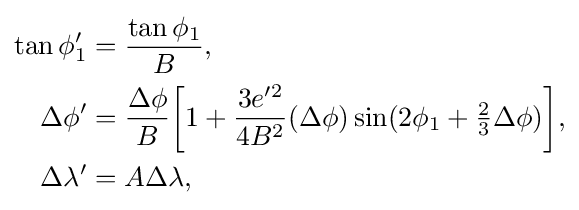
{\begin{aligned}\tan \phi _{1}'&={\frac {\tan \phi _{1}}{B}},\\\Delta \phi '&={\frac {\Delta \phi }{B}}{\biggl [}1+{\frac {3e'^{2}}{4B^{2}}}(\Delta \phi )\sin(2\phi _{1}+{\tfrac {2}{3}}\Delta \phi ){\biggr ]},\\\Delta \lambda '&=A\Delta \lambda ,\end{aligned}}